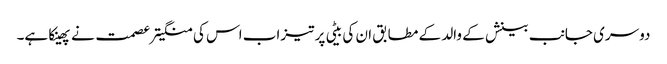
دوسری جانب بینش کے والد کے مطابق ان کی بیٹی پر تیزاب اس کی منگیتر عصمت نے پھینکا ہے۔